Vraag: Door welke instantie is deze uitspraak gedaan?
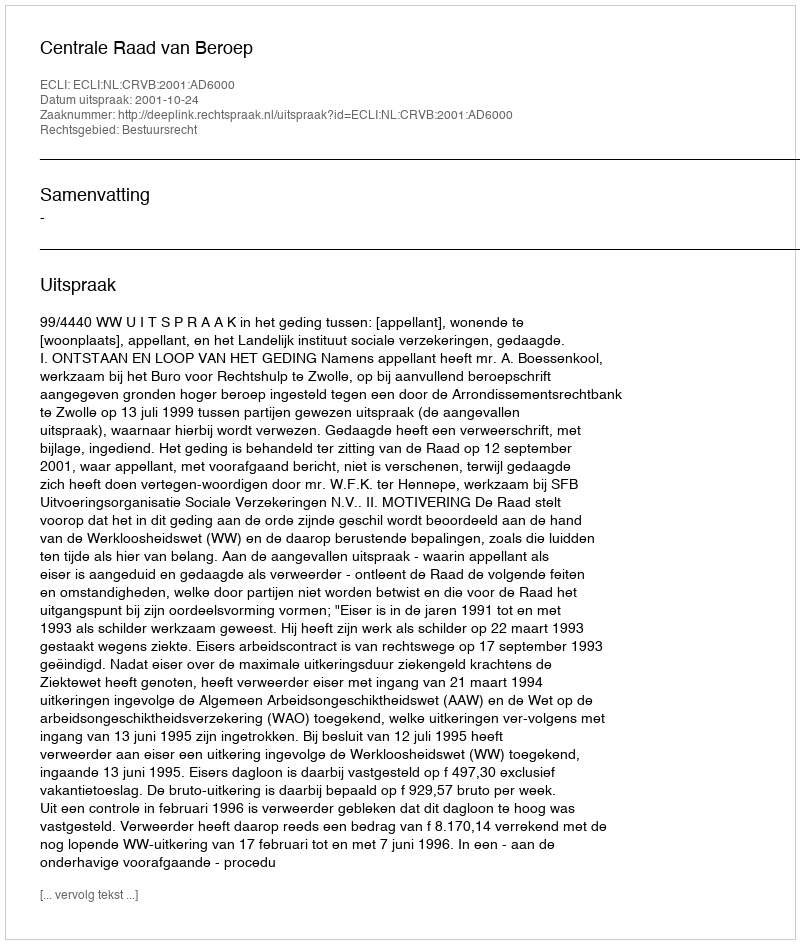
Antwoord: Centrale Raad van Beroep